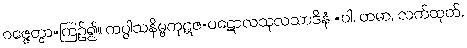
ဝဇ္ဇေတွာ=ကြဉ်၍။ ကပ္ပါသနိမ္ဗကုဋဇ-ပဋောလသုလသာဒိနံ =ဝါ, တမာ, လက်ထုတ်,